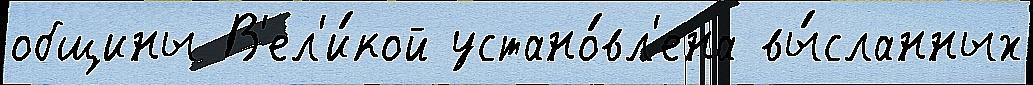
общины В'ел'и́кой устано́вл'ена вы́сланных